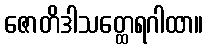
ဇောတိဒါသတ္ထေရဂါထာ။